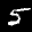
Label: 5